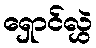
ရှောင်လွှဲ